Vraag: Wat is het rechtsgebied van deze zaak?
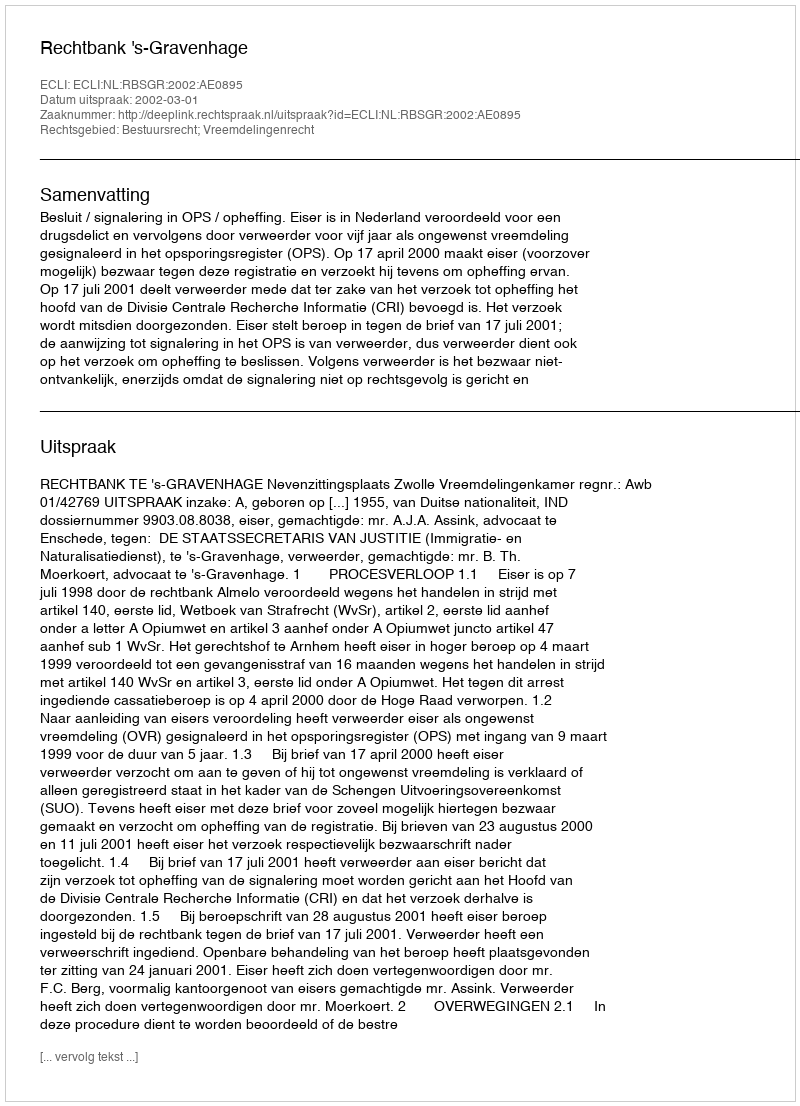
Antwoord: Bestuursrecht; Vreemdelingenrecht